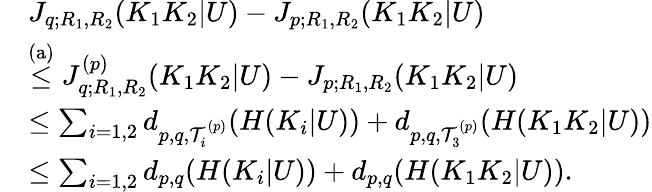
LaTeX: \begin{array}{rl}&{J_{q;R_{1},R_{2}}(K_{1}K_{2}|U)-J_{p;R_{1},R_{2}}(K_{1}K_{2}|U)}\\ &{\stackrel{\mathrm{(a)}}{\leq}J_{q;R_{1},R_{2}}^{(p)}(K_{1}K_{2}|U)-J_{p;R_{1},R_{2}}(K_{1}K_{2}|U)}\\ &{\leq\sum_{i=1,2}d_{p,q,{\cal T}_{i}^{(p)}}(H(K_{i}|U))+d_{p,q,{\cal T}_{3}^{(p)}}(H(K_{1}K_{2}|U))}\\ &{\leq\sum_{i=1,2}d_{p,q}(H(K_{i}|U))+d_{p,q}(H(K_{1}K_{2}|U)).}\end{array}